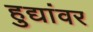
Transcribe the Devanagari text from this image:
हुद्यांवर